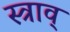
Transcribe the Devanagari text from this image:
स्त्राव्